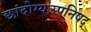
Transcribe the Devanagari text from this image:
छांदोग्यउपनिषद्